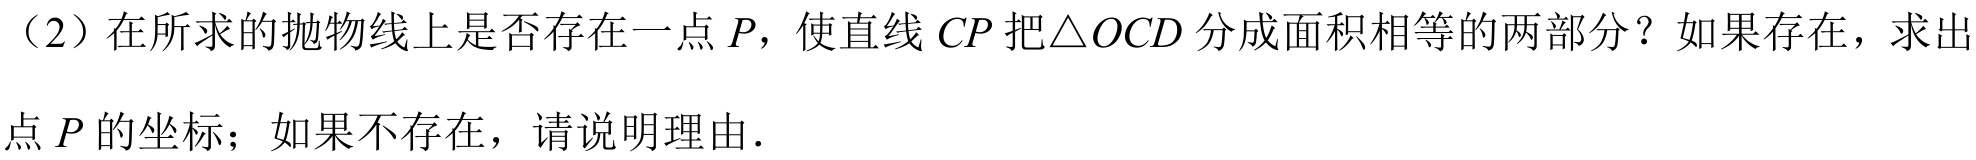
（2）在所求的抛物线上是否存在一点\(P\)，使直线\(CP\)把\(\triangle OCD\)分成面积相等的两部分？如果存在，求出点\(P\)的坐标；如果不存在，请说明理由．